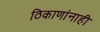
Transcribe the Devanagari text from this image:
ठिकाणांनाही